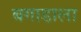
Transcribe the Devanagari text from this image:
बगाडाला